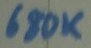
Text: 680K